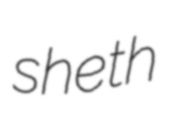
sheth